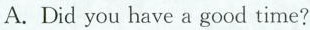
A.Did you have a good time?